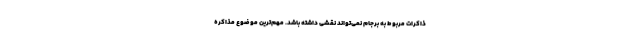
ذاکرات مربوط به برجام نمی‌تواند نقشی داشته باشد. مهم‌ترین موضوع مذاکره